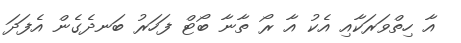
އާ ހިތްވަރަކާއި އެކު އާ ރޯ ތާނާ ބޯޓް ފަހަރު ބަނދެގެން އެފަދަ